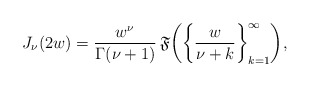
\begin{align*} J_{\nu}(2w)=\frac{w^{\nu}}{\Gamma(\nu+1)}\, \mathfrak{F}\!\left(\left\{ \frac{w}{\nu+k}\right\}_{k=1}^{\infty}\right)\!, \end{align*}